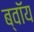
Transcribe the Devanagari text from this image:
ब्‍वॉय